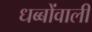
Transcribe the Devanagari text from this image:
धब्बोंवाली